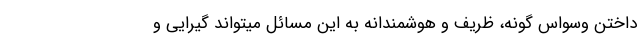
داختنِ وسواس گونه، ظریف و هوشمندانه به این مسائل میتواند گیرایی و